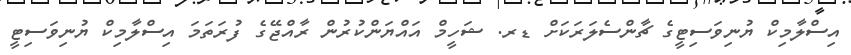
އިސްލާމިކް ޔުނިވަސިޓީގެ ޗާންސެލަރަކަށް ޑރ. ޝަހީމް އައްޔަންކުރުން ރާއްޖޭގެ ފުރަތަމަ އިސްލާމިކް ޔުނިވަސިޓީ